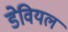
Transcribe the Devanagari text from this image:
डेवियल